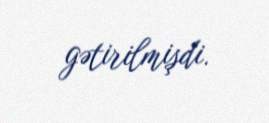
gətirilmişdi.